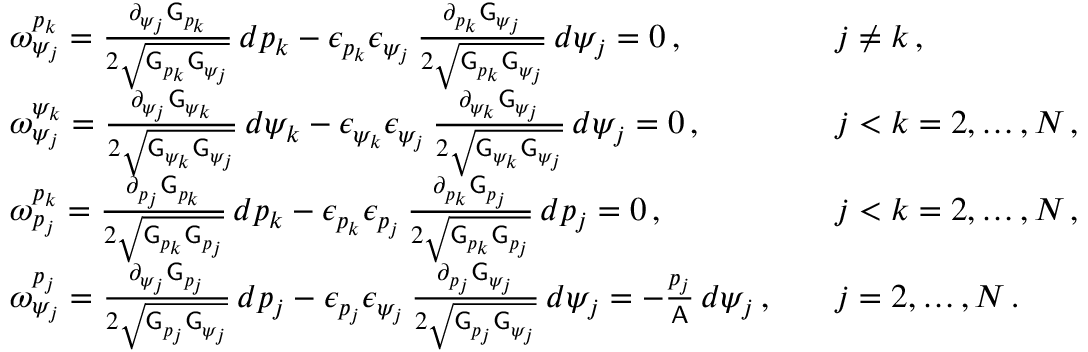
\begin{array} { r l r l } & { \omega ^ { p _ { k } } _ { \psi _ { j } } = \frac { \partial _ { \psi _ { j } } \mathsf { G } _ { p _ { k } } } { 2 \sqrt { \mathsf { G } _ { p _ { k } } \mathsf { G } _ { \psi _ { j } } } } \, d p _ { k } - \epsilon _ { p _ { k } } \epsilon _ { \psi _ { j } } \, \frac { \partial _ { p _ { k } } \mathsf { G } _ { \psi _ { j } } } { 2 \sqrt { \mathsf { G } _ { p _ { k } } \mathsf { G } _ { \psi _ { j } } } } \, d \psi _ { j } = 0 \, , } & & { j \neq k \, , } \\ & { \omega ^ { \psi _ { k } } _ { \psi _ { j } } = \frac { \partial _ { \psi _ { j } } \mathsf { G } _ { \psi _ { k } } } { 2 \sqrt { \mathsf { G } _ { \psi _ { k } } \mathsf { G } _ { \psi _ { j } } } } \, d \psi _ { k } - \epsilon _ { \psi _ { k } } \epsilon _ { \psi _ { j } } \, \frac { \partial _ { \psi _ { k } } \mathsf { G } _ { \psi _ { j } } } { 2 \sqrt { \mathsf { G } _ { \psi _ { k } } \mathsf { G } _ { \psi _ { j } } } } \, d \psi _ { j } = 0 \, , } & & { j < k = 2 , \hdots , N \, , } \\ & { \omega ^ { p _ { k } } _ { p _ { j } } = \frac { \partial _ { p _ { j } } \mathsf { G } _ { p _ { k } } } { 2 \sqrt { \mathsf { G } _ { p _ { k } } \mathsf { G } _ { p _ { j } } } } \, d p _ { k } - \epsilon _ { p _ { k } } \epsilon _ { p _ { j } } \, \frac { \partial _ { p _ { k } } \mathsf { G } _ { p _ { j } } } { 2 \sqrt { \mathsf { G } _ { p _ { k } } \mathsf { G } _ { p _ { j } } } } \, d p _ { j } = 0 \, , } & & { j < k = 2 , \hdots , N \, , } \\ & { \omega ^ { p _ { j } } _ { \psi _ { j } } = \frac { \partial _ { \psi _ { j } } \mathsf { G } _ { p _ { j } } } { 2 \sqrt { \mathsf { G } _ { p _ { j } } \mathsf { G } _ { \psi _ { j } } } } \, d p _ { j } - \epsilon _ { p _ { j } } \epsilon _ { \psi _ { j } } \, \frac { \partial _ { p _ { j } } \mathsf { G } _ { \psi _ { j } } } { 2 \sqrt { \mathsf { G } _ { p _ { j } } \mathsf { G } _ { \psi _ { j } } } } \, d \psi _ { j } = - \frac { p _ { j } } { \mathsf { A } } \, d \psi _ { j } \, , } & & { j = 2 , \hdots , N \, . } \end{array}